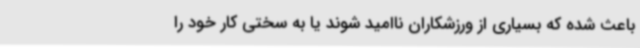
باعث شده که بسیاری از ورزشکاران ناامید شوند یا به سختی کار خود را